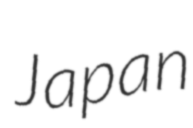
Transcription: Japan